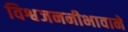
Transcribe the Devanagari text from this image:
विश्वजननीभावाने